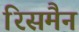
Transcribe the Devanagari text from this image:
रिसमैन